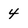
Character: 4